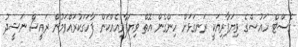
ގެސްޓް ހައުސްގެ ވިޔަފާރިއަކީ ރަނގަޅަށް ހިންގެން އޮތް ވިޔަފާރިއެއްކަން ފާހަގަކުރައްވަމުން ރައީސް ނަޝީދު